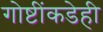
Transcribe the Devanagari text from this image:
गोष्टींकडेही